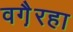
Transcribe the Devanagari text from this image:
वगै़रहा